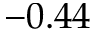
- 0 . 4 4